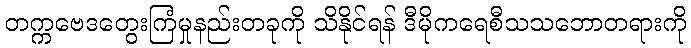
တက္ကဗေဒတွေးကြံမှုနည်းတခုကို သိနိုင်ရန် ဒီမိုကရေစီသသဘောတရားကို